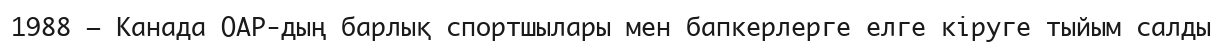
1988 — Канада ОАР-дың барлық спортшылары мен бапкерлерге елге кiруге тыйым салды